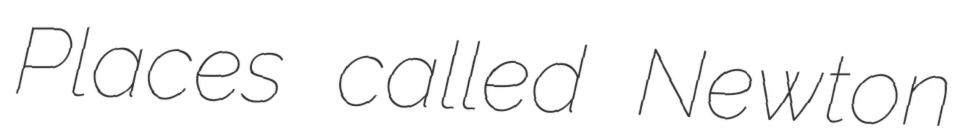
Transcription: Places called Newton